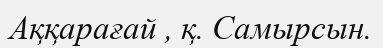
Аққарағай , қ. Самырсын.